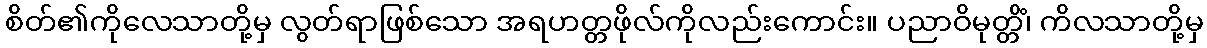
စိတ်၏ကိုလေသာတို့မှ လွတ်ရာဖြစ်သော အရဟတ္တဖိုလ်ကိုလည်းကောင်း။ ပညာဝိမုတ္တိံ၊ ကိလသာတို့မှ